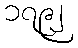
၁၇၉၂